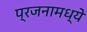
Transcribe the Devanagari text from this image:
प्रजनामध्ये